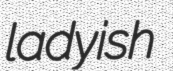
ladyish